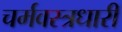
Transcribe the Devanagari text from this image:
चर्मवस्त्रधारी